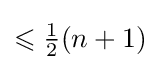
\leqslant {\tfrac {1}{2}}(n+1)